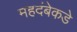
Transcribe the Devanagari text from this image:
महदंबेकडे